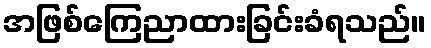
အဖြစ်ကြေညာထားခြင်းခံရသည်။